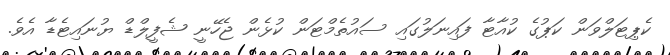
ކެޕިޓަލްވަން ކަޕުގެ ކުއާޓާ ފައިނަލުގައި ސައުތެމްޓަން ކުޅެން ޖެހޭނީ ޝެފީލްޑް ޔުނައިޓެޑާ އެވެ.